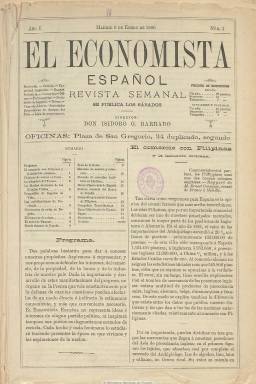
Título: El Economista español
Colección: Economía
Ámbito geográfico: Madrid
Lugar de publicación: Madrid
Fechas: 09/01/1886-30/06/1886

Fundada y dirigida por el empresario, político y periodista salmantino Isidoro García Barrado (1856-1902), inicia su publicación el nueve de enero de 1886, con el subtítulo “revista semanal”, que el seis de marzo amplía a: “de banca, agricultura, industria y comercio”. Aparece cada sábado, en entregas de 16 páginas, compuestas a dos columnas, y sin ilustraciones, pero con inserciones publicitarias de compañías de seguros o de transportes marítimos, entre otras. Ajena a los partidos políticos, se considera defensora de los intereses de la propiedad, la banca, el comercio y la industria, y en concreto de la Liga de Propietarios.

Especializada en el análisis de los mercados financieros, con artículos doctrinales, informaciones, noticias y datos sobre Hacienda pública, impuestos, bancos y cajas de ahorro, crédito, propiedad inmobiliaria, industria, comercio, mercados de metales y minerales, ferrocarriles, compañías de seguros, cotizaciones bursátiles, mercado agrícola, comercio exterior, y de instituciones como las cámaras de comercio, los círculos mercantiles o las sociedades económicas de amigos del país.

Cada entrega comienza con un sumario de contenidos. Así, tratará sobre el comercio de Filipinas y la industria catalana, las fábricas de azúcar en Cuba, la situación del Tesoro, la marina mercante de estados unidos, las compañías de seguros de vida, la fabricación de sedas en España, el impuesto de minas, el canal de Panamá, la deuda flotante de España, el balance semanal del Banco de España, los presupuestos en Francia, la producción y acuñación de oro y plata, el convenio de navegación entre Bélgica y Holanda, las Ligas de Contribuyentes, la producción minera en Italia, además de los mercados bursátiles, de metales y minerales o de materias textiles en Londres.

A partir de su número 20, correspondiente al ocho de julio de ese mismo año 1886, se refunde con La Hacienda y el comercio, reduciendo su título sólo a El Economista. Título éste que también forma parte de la colección de la Hemeroteca Digital de la Biblioteca Nacional de España.